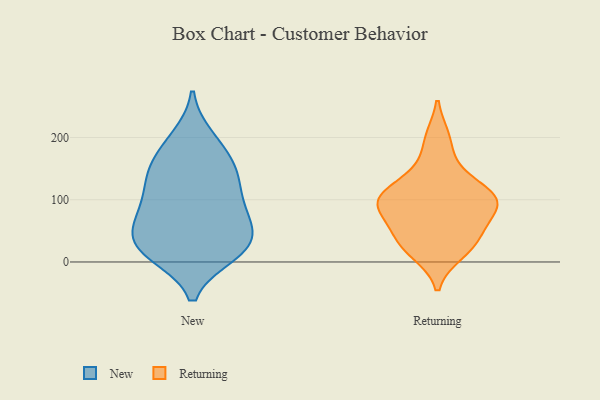
{"axis": {"x": "Satisfaction Score", "y": "Value"}, "legend": ["New", "Returning"], "data": [{"x": "", "y": 128, "type": "New"}, {"x": "", "y": 13, "type": "New"}, {"x": "", "y": 158, "type": "New"}, {"x": "", "y": 39, "type": "New"}, {"x": "", "y": 150, "type": "New"}, {"x": "", "y": 72, "type": "New"}, {"x": "", "y": 23, "type": "New"}, {"x": "", "y": 114, "type": "New"}, {"x": "", "y": 17, "type": "New"}, {"x": "", "y": 199, "type": "New"}, {"x": "", "y": 25, "type": "New"}, {"x": "", "y": 137, "type": "New"}, {"x": "", "y": 187, "type": "New"}, {"x": "", "y": 78, "type": "New"}, {"x": "", "y": 64, "type": "New"}, {"x": "", "y": 82, "type": "New"}, {"x": "", "y": 24, "type": "New"}, {"x": "", "y": 111, "type": "Returning"}, {"x": "", "y": 28, "type": "Returning"}, {"x": "", "y": 198, "type": "Returning"}, {"x": "", "y": 60, "type": "Returning"}, {"x": "", "y": 42, "type": "Returning"}, {"x": "", "y": 102, "type": "Returning"}, {"x": "", "y": 90, "type": "Returning"}, {"x": "", "y": 146, "type": "Returning"}, {"x": "", "y": 15, "type": "Returning"}, {"x": "", "y": 101, "type": "Returning"}, {"x": "", "y": 93, "type": "Returning"}]}